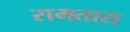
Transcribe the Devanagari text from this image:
रामतारा